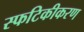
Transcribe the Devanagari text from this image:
स्फटिकीकरण